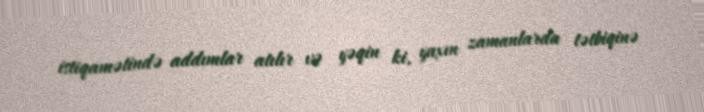
istiqamətində addımlar atılır və yəqin ki, yaxın zamanlarda tətbiqinə